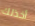
أخذلك